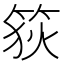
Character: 𥭳